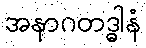
အနာဂတဒ္ဓါနံ